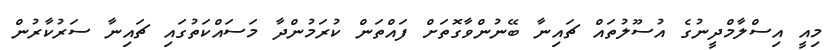
މިއީ އިސްލާމްދީނުގެ އުސޫލުތައް ޗައިނާ ބޭނުންވާގޮތަށް ފައްތަން ކުރަމުންދާ މަސައްކަތުގައި ޗައިނާ ސަރުކާރުން